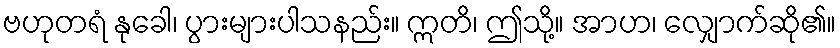
ဗဟုတရံ နုခေါ၊ ပွားများပါသနည်း။ ဣတိ၊ ဤသို့။ အာဟ၊ လျှောက်ဆို၏။